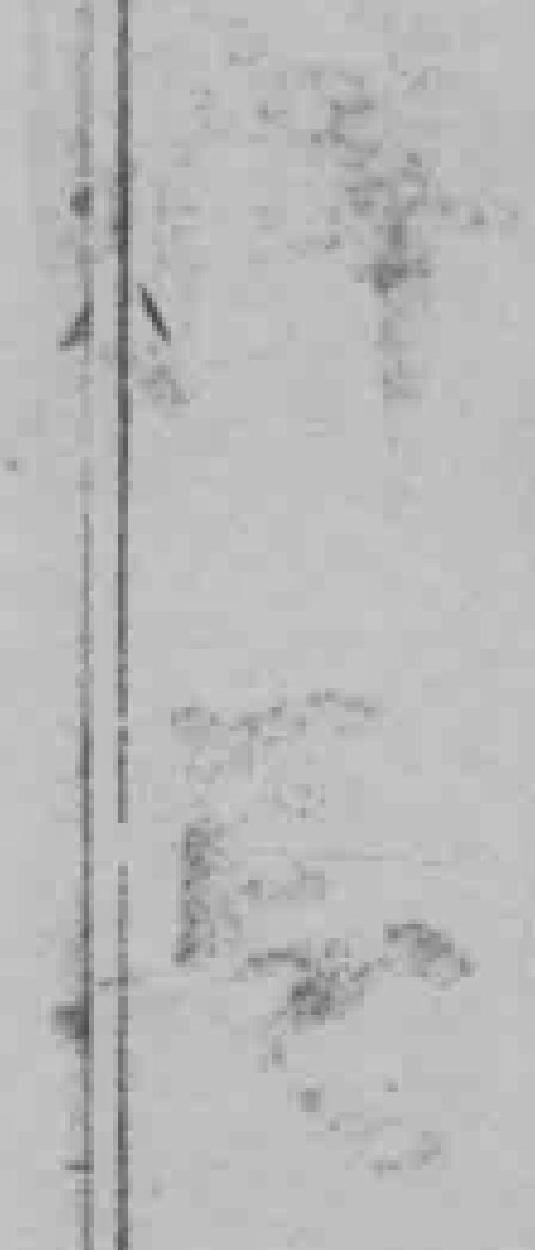
*